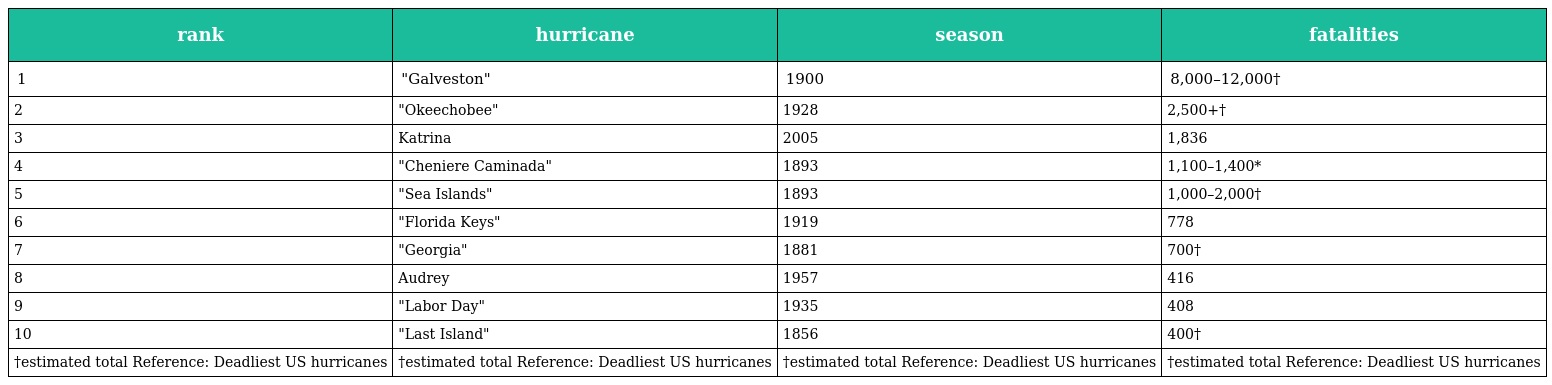
| rank | hurricane | season | fatalities |
 | --- | --- | --- | --- |
 | 1 | "Galveston" | 1900 | 8,000–12,000† |
 | 2 | "Okeechobee" | 1928 | 2,500+† |
 | 3 | Katrina | 2005 | 1,836 |
 | 4 | "Cheniere Caminada" | 1893 | 1,100–1,400* |
 | 5 | "Sea Islands" | 1893 | 1,000–2,000† |
 | 6 | "Florida Keys" | 1919 | 778 |
 | 7 | "Georgia" | 1881 | 700† |
 | 8 | Audrey | 1957 | 416 |
 | 9 | "Labor Day" | 1935 | 408 |
 | 10 | "Last Island" | 1856 | 400† |
 | †estimated total Reference: Deadliest US hurricanes | †estimated total Reference: Deadliest US hurricanes | †estimated total Reference: Deadliest US hurricanes | †estimated total Reference: Deadliest US hurricanes |